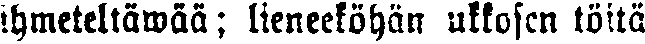
ihmeteltäwää ; lieneeköhän ukkosen töitä